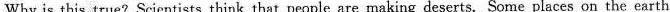
Why is this true?Scientists think that people are making deserts. Some places on the earth